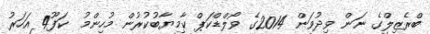
ބްރެޒިލްގެ ނަން ވިދުވަން 2014ގެ ވޯލްޑްކަޕް ކާމިޔާބުކުރުން މުހިންމު  ކަފޫ4 އަހަރު